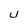
Character: u